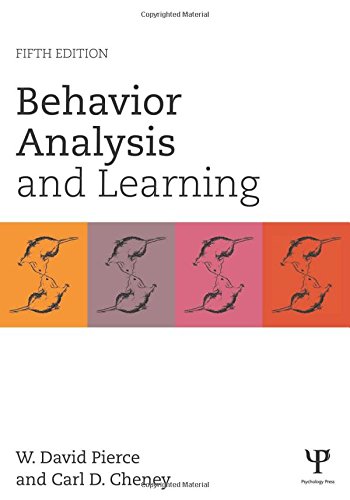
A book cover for Behavior Analysis and Learning: Fifth Edition; W. David Pierce; Science & Math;